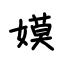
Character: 嫫